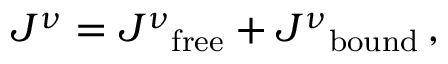
J ^ { \nu } = { J ^ { \nu } } _ { \mathrm { f r e e } } + { J ^ { \nu } } _ { \mathrm { b o u n d } } \, ,